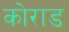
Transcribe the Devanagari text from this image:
कोराड